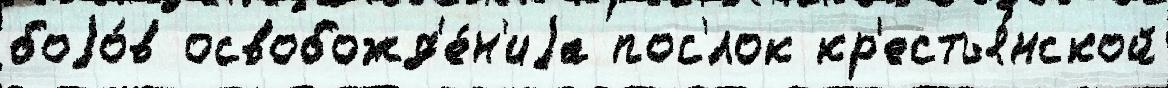
боjо́в освобожд'е́н'иjа пос'́лок кр'естья́нской